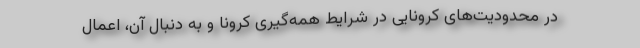
در محدودیت‌های کرونایی در شرایط همه‌گیری کرونا و به دنبال آن، اعمال